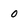
Character: 0